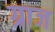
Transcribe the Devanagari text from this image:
ग्राज